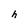
Character: h